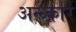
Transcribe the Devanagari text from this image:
अन्ध्कार